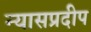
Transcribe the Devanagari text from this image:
न्यासप्रदीप